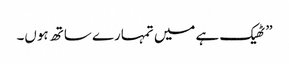
” ٹھیک ہے میں تمہارے ساتھ ہوں۔